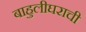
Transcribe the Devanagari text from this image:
बाहुलीघराची